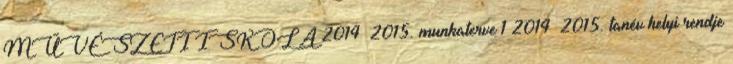
MŰVÉSZETI ISKOLA 2014 2015. munkaterve 1 2014 2015. tanév helyi rendje